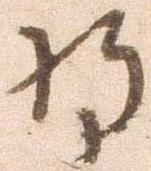
将